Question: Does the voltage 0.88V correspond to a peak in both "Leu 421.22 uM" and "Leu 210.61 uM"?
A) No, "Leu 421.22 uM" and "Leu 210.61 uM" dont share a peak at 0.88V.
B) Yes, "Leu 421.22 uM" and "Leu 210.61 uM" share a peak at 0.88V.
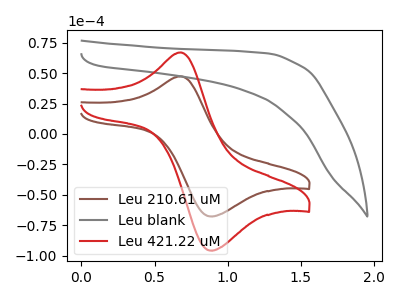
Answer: <think>The brown curve "Leu 210.61 uM" has an anodic peak at (0.70V, 47.40uA) and a cathodic peak at (0.90V, -67.80uA). The gray curve "Leu blank" has no peaks. The red curve "Leu 421.22 uM" has an anodic peak at (0.70V, 67.00uA) and a cathodic peak at (0.90V, -95.90uA).</think>
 <answer>B) Yes, "Leu 421.22 uM" and "Leu 210.61 uM" share a peak at 0.88V.</answer>
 <eval>B</eval>